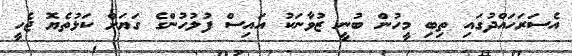
އެސަރަހައްދުގައި ތިބި މީހުން ބުނީ ޒުވާނަކު އައިސް ފުލުހުންގެ ގަޔަށް ކަޅުތެޔޮ ޖެހީ